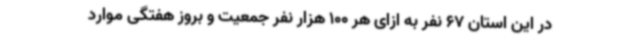
در این استان 67 نفر به ازای هر 100 هزار نفر جمعیت و بروز هفتگی موارد